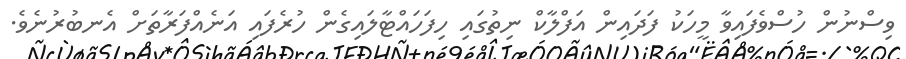
ވިސްނުން ހުސްވެފައިވާ މީހަކު ފަދައިން އަފްލާކް ނިތުގައި ހިފަހައްޓާލައިގެން ހުރެފައި އަނެއްފަރާތަށް އެނބުރުނެވެ.